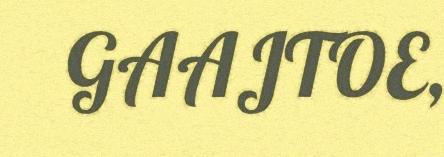
GAAJTOE,